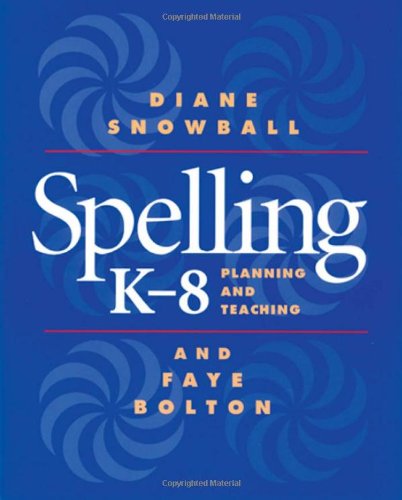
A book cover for Spelling K-8: Planning and Teaching; Diane Snowball; Reference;